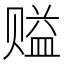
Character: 𰷪